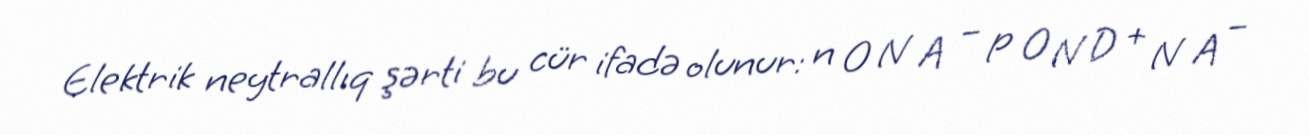
Elektrik neytrallıq şərti bu cür ifadə olunur: n 0 N A − p 0 N D + N A −